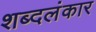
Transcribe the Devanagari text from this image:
शब्दलंकार